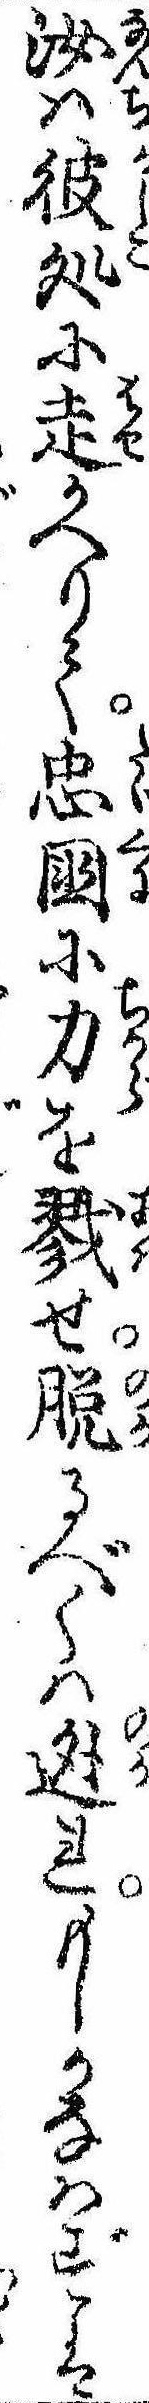
汝は彼処に走かへりて忠国に力を戮せ脱るべくは逃れもしかなはずは